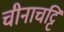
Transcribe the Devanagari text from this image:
चीनाचट्टि